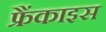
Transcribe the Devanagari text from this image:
फ्रैंकाइस